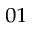
_ { 0 1 }